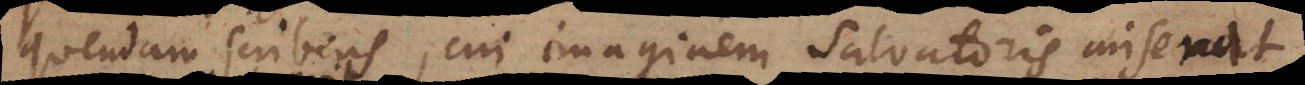
quendam scribens, cui imaginem Salvatoris miserat,